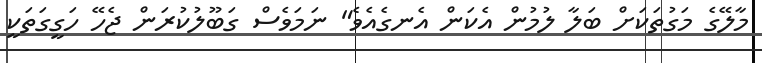
މާލޭގެ މަގުތަކަށް ބަލާ ލުމުން އެކަން އެނގެއެވެ" ނަމަވެސް ގަބޫލުކުރަން ޖެހޭ ހަގީގަތަކީ